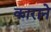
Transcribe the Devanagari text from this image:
काराने